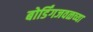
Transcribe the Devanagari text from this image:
बोर्डिंगजवळच्या